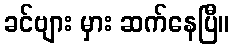
ခင်ဗျား မှား ဆက်နေပြီ။